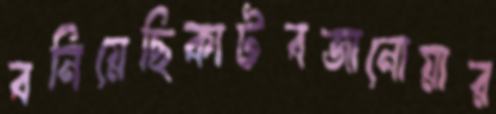
বনিয়েছিকাটবজানোয়ার